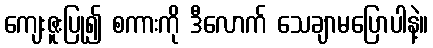
ကျေးဇူးပြု၍ စကားကို ဒီလောက် သေချာမပြောပါနဲ့။